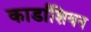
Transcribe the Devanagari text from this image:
कार्डाशियन